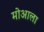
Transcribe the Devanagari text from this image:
मोआला